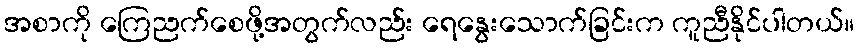
အစာကို ကြေညက်စေဖို့အတွက်လည်း ရေနွေးသောက်ခြင်းက ကူညီနိုင်ပါတယ်။